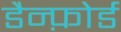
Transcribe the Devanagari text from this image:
डैन्फ़ोर्ड